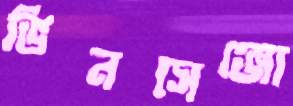
ভিনসেঞ্জো